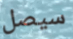
سيصل